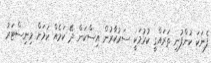
ފެނަކަ ކުންފުނި ތަރައްގީ ކުރުމަކީ ސަރުކާރުން އިސްކަން ދޭ ކަމެއް ކަމަށް މިނިސްޓަރު